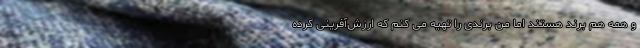
و همه هم برند هستند اما من برندی را تهیه می کنم که ارزش‌آفرینی کرده